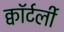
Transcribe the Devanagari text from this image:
क्वॉर्टर्ली